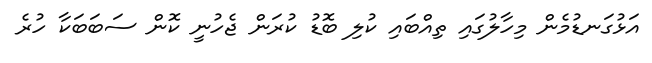
އަޅުގަނޑުމެން މިހާލުގައި ތިއްބައި ކުލި ބޮޑު ކުރަން ޖެހުނީ ކޮން ސަބަބަކާ ހުރެ